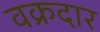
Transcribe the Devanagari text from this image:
वक्रदार